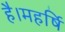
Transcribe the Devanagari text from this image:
है।महर्षि